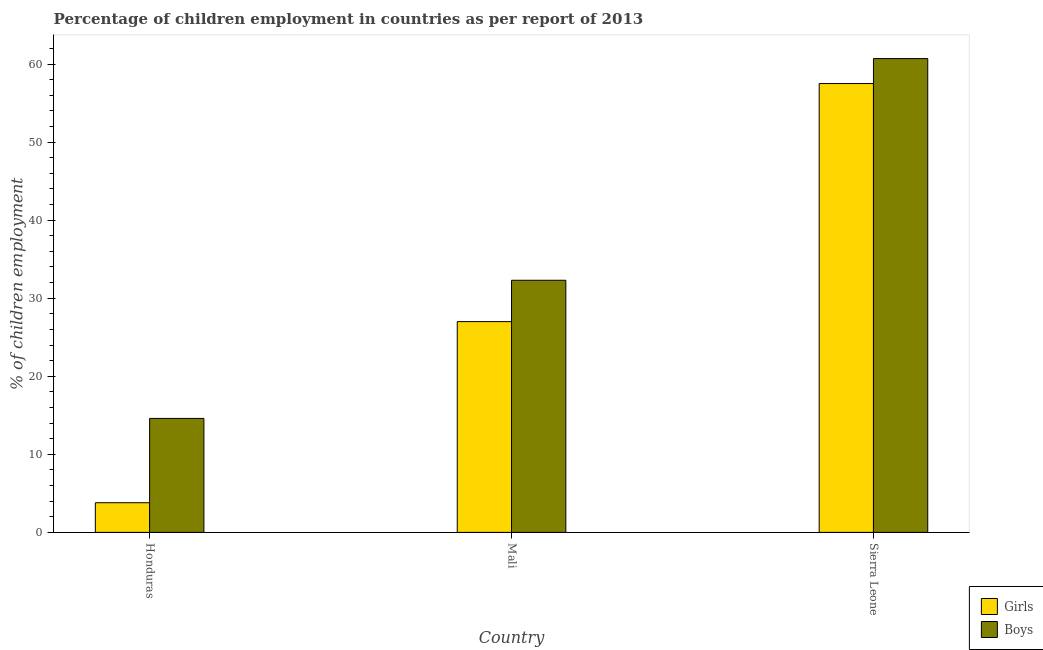
| Country | Girls | Boys |
 | --- | --- | --- |
 | Honduras | 3.8 | 14.6 |
 | Mali | 27 | 32.3 |
 | Sierra Leone | 57.5 | 60.7 |